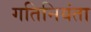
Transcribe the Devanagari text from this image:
गतिनियंता